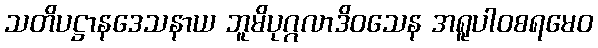
သတိပဋ္ဌာနဒေသနာယ ဘူမိပုဂ္ဂလာဒိဝသေန အရူပါဝစရမေဝ